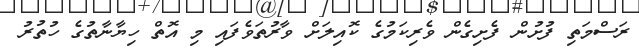
ރަސްމަތި ފުށުން ފެށިގެން ވެރިކަމުގެ ކޮއިލަށް ވާރުތަވެފައި މި އޮތް ހިޔާނާތުގެ ހުތުރު